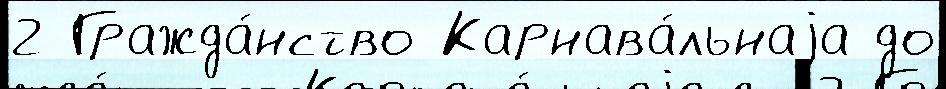
2 Гражда́нство Карнава́льнаjа до